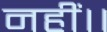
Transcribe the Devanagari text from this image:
नहीं।।